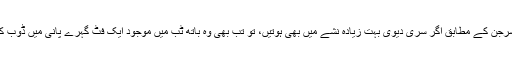
جس میں انہوں نے آنجہانی فارنسک سرجن ڈاکٹر عما دھتن کی گفتگو کا حوالہ دیتے ہوئے کہا کہ فرانسک سرجن کے مطابق اگر سری دیوی بہت زیادہ نشے میں بھی ہوتیں، تو تب بھی وہ باتھ ٹب میں موجود ایک فٹ گہرے پانی میں ڈوب کر نہیں مر سکتی تھی ، بغیر کسی کے زور دیئے ایک شخص کی ٹانگیں یا سرباتھ ٹب میں نہیں ڈوب سکتا ۔